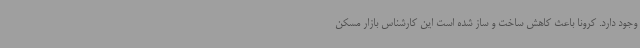
وجود دارد. کرونا باعث کاهش ساخت و ساز شده است این کارشناس بازار مسکن